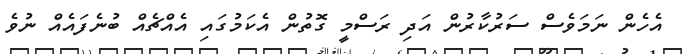
އެހެން ނަމަވެސް ސަރުކާރުން އަދި ރަސްމީ ގޮތުން އެކަމުގައި އެއްޗެއް ބުނެފައެއް ނުވެ